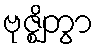
ဗုဇ္ဈိတွာ